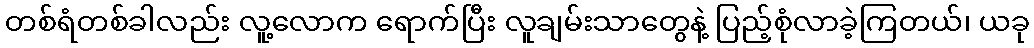
တစ်ရံတစ်ခါလည်း လူ့လောက ရောက်ပြီး လူချမ်းသာတွေနဲ့ ပြည့်စုံလာခဲ့ကြတယ်၊ ယခု